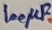
Text: 100µF